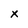
Character: x